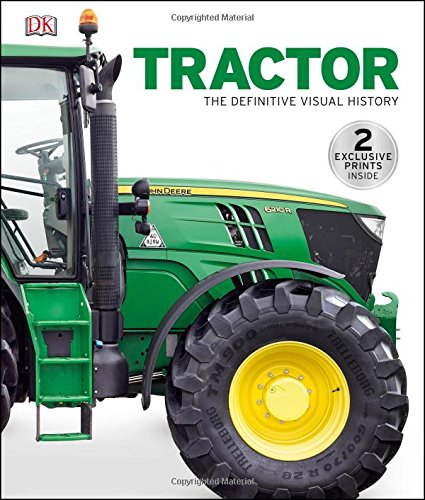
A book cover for Tractor; DK; Engineering & Transportation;